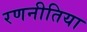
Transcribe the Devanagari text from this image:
रणनीतिया